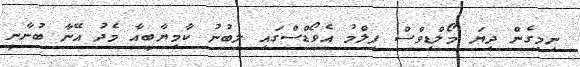
ނިމިގެން ދިޔަ މޯލްޑިވްސް ފިލްމު އެވޯޑްސްގައި ލިބުނު ކާމިޔާބީއާ މެދު އޭނާ ބުނާނީ